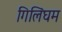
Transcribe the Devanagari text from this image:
गिलिंघम